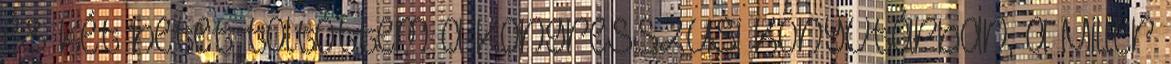
és két hetet töltöttem a Kongresszusi KÖnyvtárban, a Miller